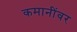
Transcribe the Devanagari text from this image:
कमानींवर